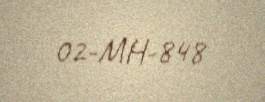
02-MH-848